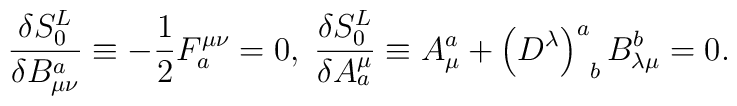
\frac{\delta S_0^L}{\delta B_{\mu \nu }^a}\equiv -\frac12F_a^{\mu \nu }=0,\;\frac{\delta S_0^L}{\delta A_a^\mu }\equiv A_\mu^a+\left( D^\lambda \right) _{\;\;b}^aB_{\lambda \mu }^b=0.